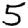
Digit: 5